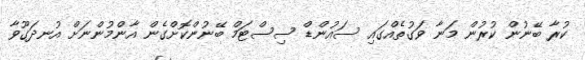
ކުރާ ބޭނުން ކުރުން މަނާ ވަގުތެއްގައި ސައުންޑް ސިސްޓަމް ބޭނުންކޮށްގެން އާންމުންނަށް އުނދަގޫވާ